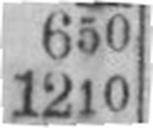
1210